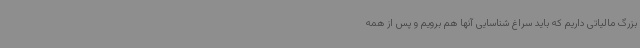
بزرگ مالیاتی داریم که باید سراغ شناسایی آنها هم برویم و پس از همه